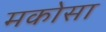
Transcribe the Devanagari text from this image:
मकोसा